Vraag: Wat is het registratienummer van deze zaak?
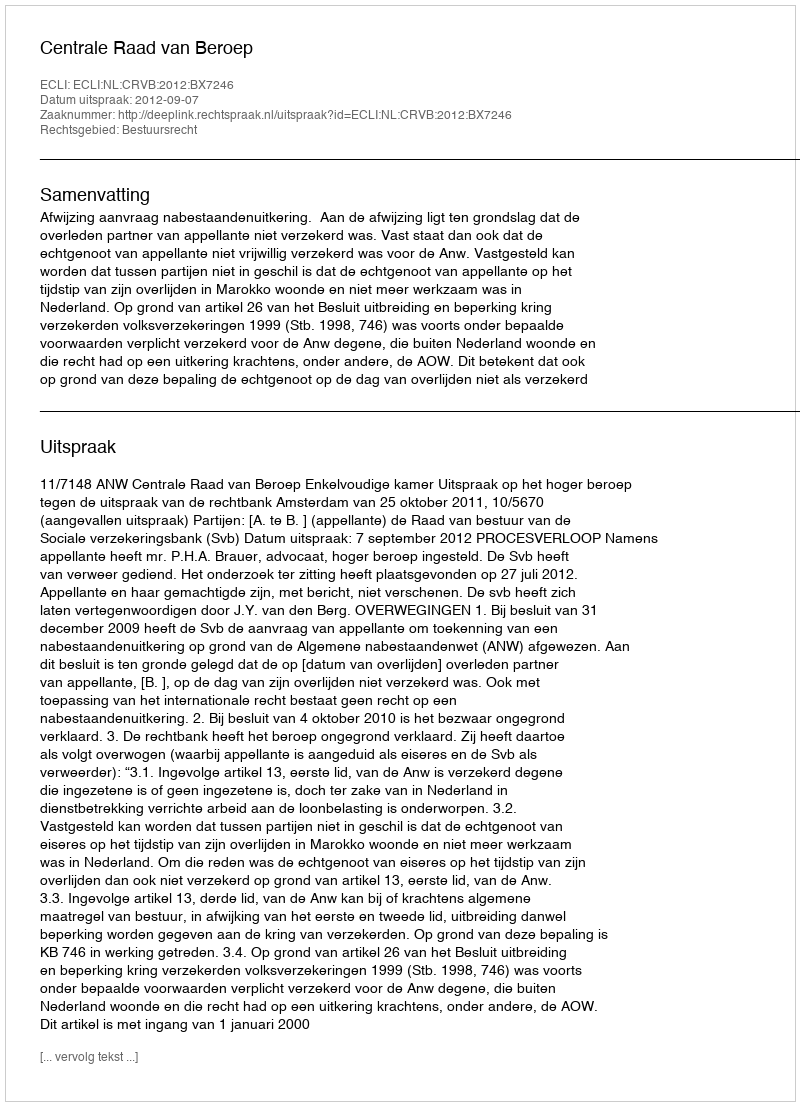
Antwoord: http://deeplink.rechtspraak.nl/uitspraak?id=ECLI:NL:CRVB:2012:BX7246